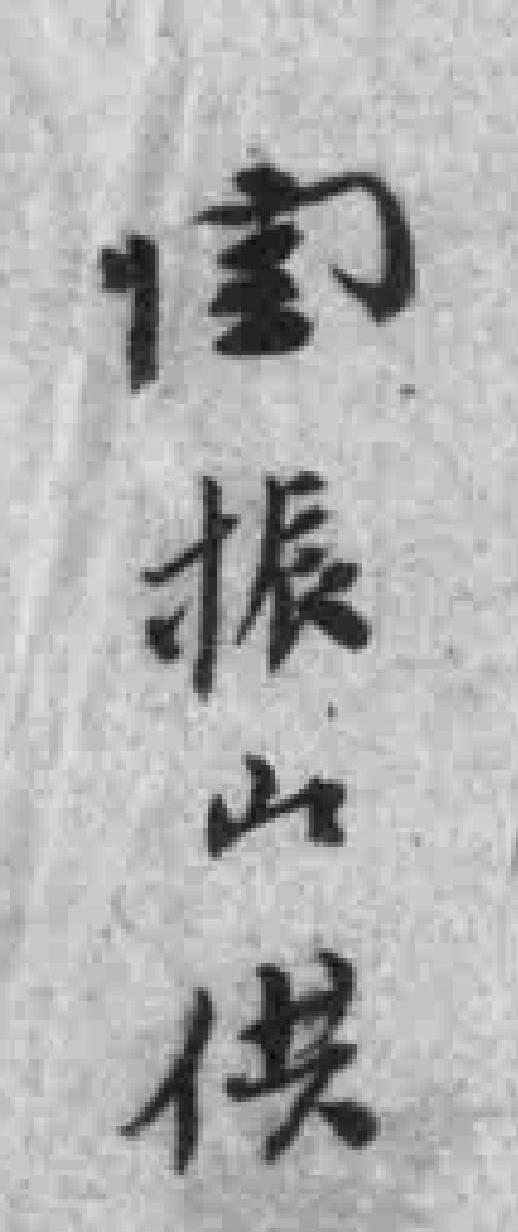
闫振山供